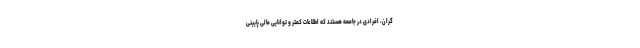
گران، افرادی در جامعه هستند که اطلاعات کمتر و توانایی مالی پایینی